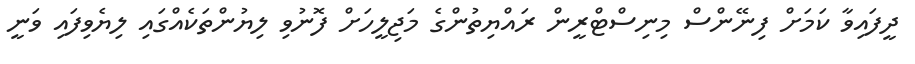
ދީފައިވާ ކަމަށް ފިނޭންސް މިނިސްޓްރީން ރައްޔިތުންގެ މަޖިލީހަށް ފޮނުވި ލިޔުންތަކެއްގައި ލިޔެވިފައި ވަނީ